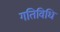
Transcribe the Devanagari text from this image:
गतिविधि